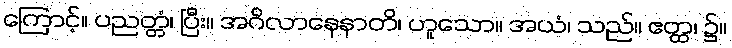
ကြောင့်။ ပညတ္တံ၊ ပြီး။ အဂိလာနေနာတိ၊ ဟူသော။ အယံ၊ သည်။ ဧတ္ထ၊ ၌။